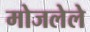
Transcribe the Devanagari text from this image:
मोजलेले